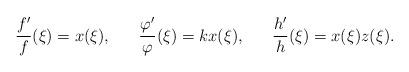
LaTeX: \begin{align*} \frac{f'}{f}(\xi)=x(\xi), \ \ \ \ \ \frac{\varphi'}{\varphi}(\xi)=kx(\xi), \ \ \ \ \ \frac{h'}{h}(\xi)=x(\xi)z(\xi).\end{align*}